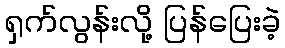
ရှက်လွန်းလို့ ပြန်ပြေးခဲ့